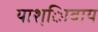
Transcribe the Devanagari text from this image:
याश्ािवाय